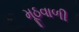
મૂઠવાળી